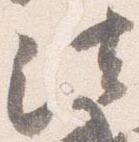
法